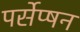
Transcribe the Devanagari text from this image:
पर्सेप्षन